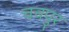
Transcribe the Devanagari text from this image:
चचपुर